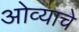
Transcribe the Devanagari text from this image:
ओव्याचे